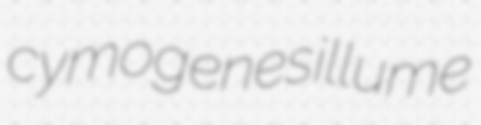
cymogenes illume